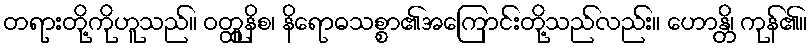
တရားတို့ကိုဟူသည်။ ဝတ္ထူနိစ၊ နိရောဓသစ္စာ၏အကြောင်းတို့သည်လည်း။ ဟောန္တိ၊ ကုန်၏။